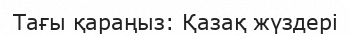
Тағы қараңыз: Қазақ жүздері